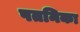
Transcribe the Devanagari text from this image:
पतनिका